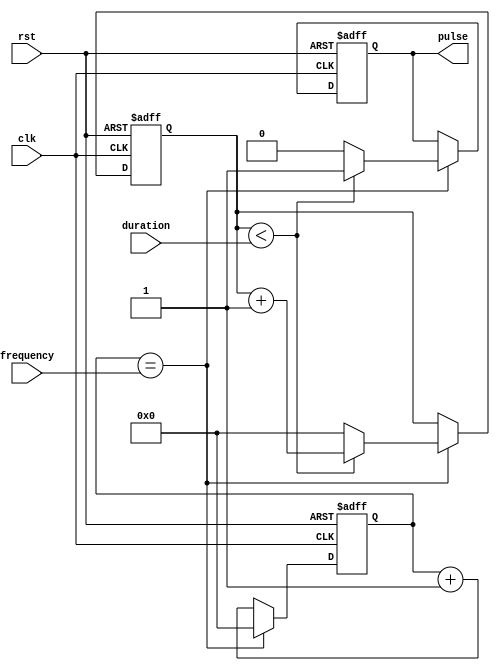
module pulse_generator (
  input wire clk,
  input wire rst,
  input wire [7:0] frequency,
  input wire [7:0] duration,
  output reg pulse
);

reg [7:0] counter;
reg [7:0] duration_counter;

always @(posedge clk or posedge rst) begin
  if (rst) begin
    counter <= 8'd0;
    duration_counter <= 8'd0;
    pulse <= 1'b0;
  end
  else begin
    if (counter == frequency) begin
      counter <= 8'd0;
      if (duration_counter < duration) begin
        pulse <= 1'b1;
        duration_counter <= duration_counter + 1;
      end
      else begin
        pulse <= 1'b0;
        duration_counter <= 8'd0;
      end
    end
    else begin
      counter <= counter + 1;
    end
  end
end

endmodule